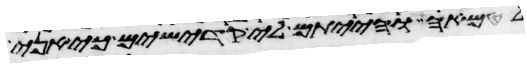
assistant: לטמאה והייתם לי קדישים כי אני